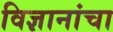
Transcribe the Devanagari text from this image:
विज्ञानांचा